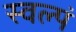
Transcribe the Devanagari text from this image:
स्वल्पं